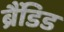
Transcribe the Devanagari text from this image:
ब्रैंडिड